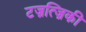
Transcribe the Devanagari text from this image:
टज़त्ज़िकी